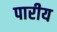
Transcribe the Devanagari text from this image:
पारीय